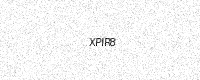
Text: XPIR8